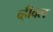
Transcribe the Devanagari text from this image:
व्हीक्ल